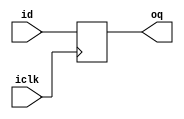
`timescale 1ns / 1ps
//------------------------------------------
//              | |                         |Project name: delay
//==============+=+==============           |Developer: KeisN13
//              | |            ||           |
//    |***|    |***|           ||           |Description:
//====|***|    |***|           \\ |***|     |1-bit delay line for C_CLOCK_CYCLES cylcles (from 1 to any)
//====|***|    |***|             =|***|==== |or 1-bit shift register
//====|***|====|***|    |**\                |
//====|***|    |***|====|***\     |***|     |
//    |***|    |***|    |****|====|***|==== |
//             |***|    |****|    FPGA      |
//fpga-systems |***| ru |****| developers   |support and more FPGA content https://boosty.to/fpgasystems
//             |***|    |****|  community   |
//    |***|    |***|    |****|====|***|==== |Video record placed here https://youtu.be/RmTfinxCfT4
//====|***|    |***|====|***/     |***|     |
//====|***|====|***|    |**/                |
//====|***|    |***|             =|***|==== |
//====|***|    |***|           // |***|     |
//    |***|    |***|           ||           |
//              | |            ||           |web      - https://fpga-systems.ru
//==============+=+==============           |telegram - https://t.me/fpgasystems
//              | |                         |Youtube  - https://www.youtube.com/c/fpgasystems
//------------------------------------------


module delay
#( parameter C_CLOCK_CYCLES = 1)
(
    input id, iclk,
    output oq
);



    wire data_in;
    wire data_out;


   reg [C_CLOCK_CYCLES-1:0] shift_reg = {C_CLOCK_CYCLES{1'b0}};

    assign data_in = id;

   always @(posedge iclk)
         shift_reg <= {shift_reg[C_CLOCK_CYCLES-1:0], data_in};

   assign oq = shift_reg[C_CLOCK_CYCLES-1];

endmodule